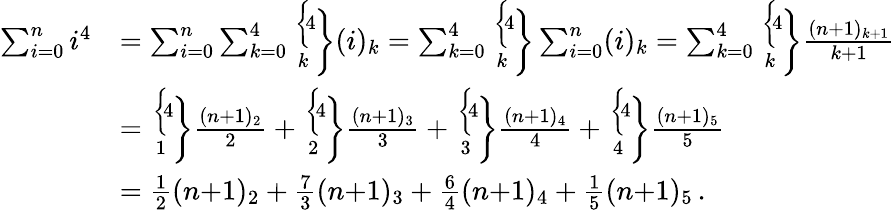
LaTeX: {\begin{array}{rl}{\sum_{i=0}^{n}i^{4}}&{=\sum_{i=0}^{n}\sum_{k=0}^{4}{\biggl\{ \! 4\! \atop\! k\! }{\biggr\} }(i)_{k}=\sum_{k=0}^{4}{\biggl\{ \! 4\! \atop\! k\! }{\biggr\} }\sum_{i=0}^{n}(i)_{k}=\sum_{k=0}^{4}{\biggl\{ \! 4\! \atop\! k\! }{\biggr\} }{\frac{(n{+}1)_{k+1}}{k{+}1}}}\\ &{={\biggl\{ \! 4\! \atop\! 1\! }{\biggr\} }{\frac{(n{+}1)_{2}}{2}}+{\biggl\{ \! 4\! \atop\! 2\! }{\biggr\} }{\frac{(n{+}1)_{3}}{3}}+{\biggl\{ \! 4\! \atop\! 3\! }{\biggr\} }{\frac{(n{+}1)_{4}}{4}}+{\biggl\{ \! 4\! \atop\! 4\! }{\biggr\} }{\frac{(n{+}1)_{5}}{5}}}\\ &{={\frac{1}{2}}(n{+}1)_{2}+{\frac{7}{3}}(n{+}1)_{3}+{\frac{6}{4}}(n{+}1)_{4}+{\frac{1}{5}}(n{+}1)_{5}\, .}\end{array}}